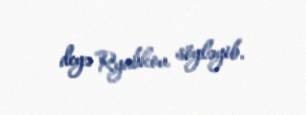
deyə Ryabkov söyləyib.